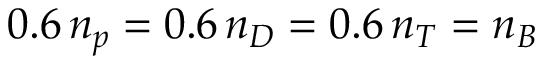
0 . 6 \, n _ { p } = 0 . 6 \, n _ { D } = 0 . 6 \, n _ { T } = n _ { B }